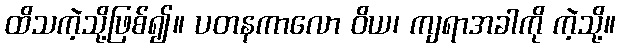
ထိသကဲ့သို့ဖြစ်၍။ ပတနကာလော ဝိယ၊ ကျရာအခါကို ကဲ့သို့။